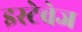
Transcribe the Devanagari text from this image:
इस्टेवेज